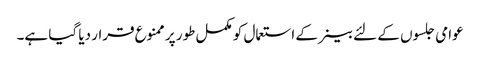
عوامی جلسوں کے لئے بینر کے استعمال کو مکمل طور پر ممنوع قرار دیا گیا ہے۔